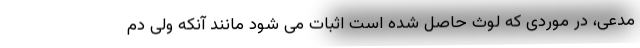
مدعی، در موردی که لوث حاصل شده است اثبات می شود مانند آنکه ولی دم